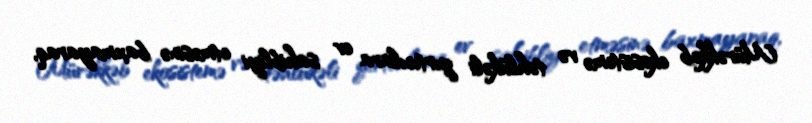
Mürəkkəb ekosistemə və təhlükəli yırtıcılara ev sahibliyi etməsinə baxmayaraq,